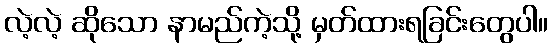
လဲ့လဲ့ ဆိုသော နာမည်ကဲ့သို့ မှတ်ထားရခြင်းတွေပါ။